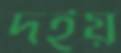
দইয়